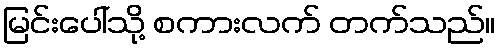
မြင်းပေါ်သို့ စကားလက် တက်သည်။